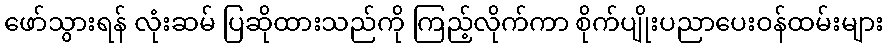
ဖော်သွားရန် လုံးဆမ် ပြဆိုထားသည်ကို ကြည့်လိုက်ကာ စိုက်ပျိုးပညာပေးဝန်ထမ်းများ